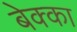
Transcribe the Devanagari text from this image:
बेक्का